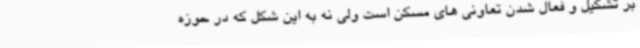
بر تشکیل و فعال شدن تعاونی های مسکن است ولی نه به این شکل که در حوزه